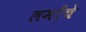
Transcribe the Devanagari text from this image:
लमोंचे